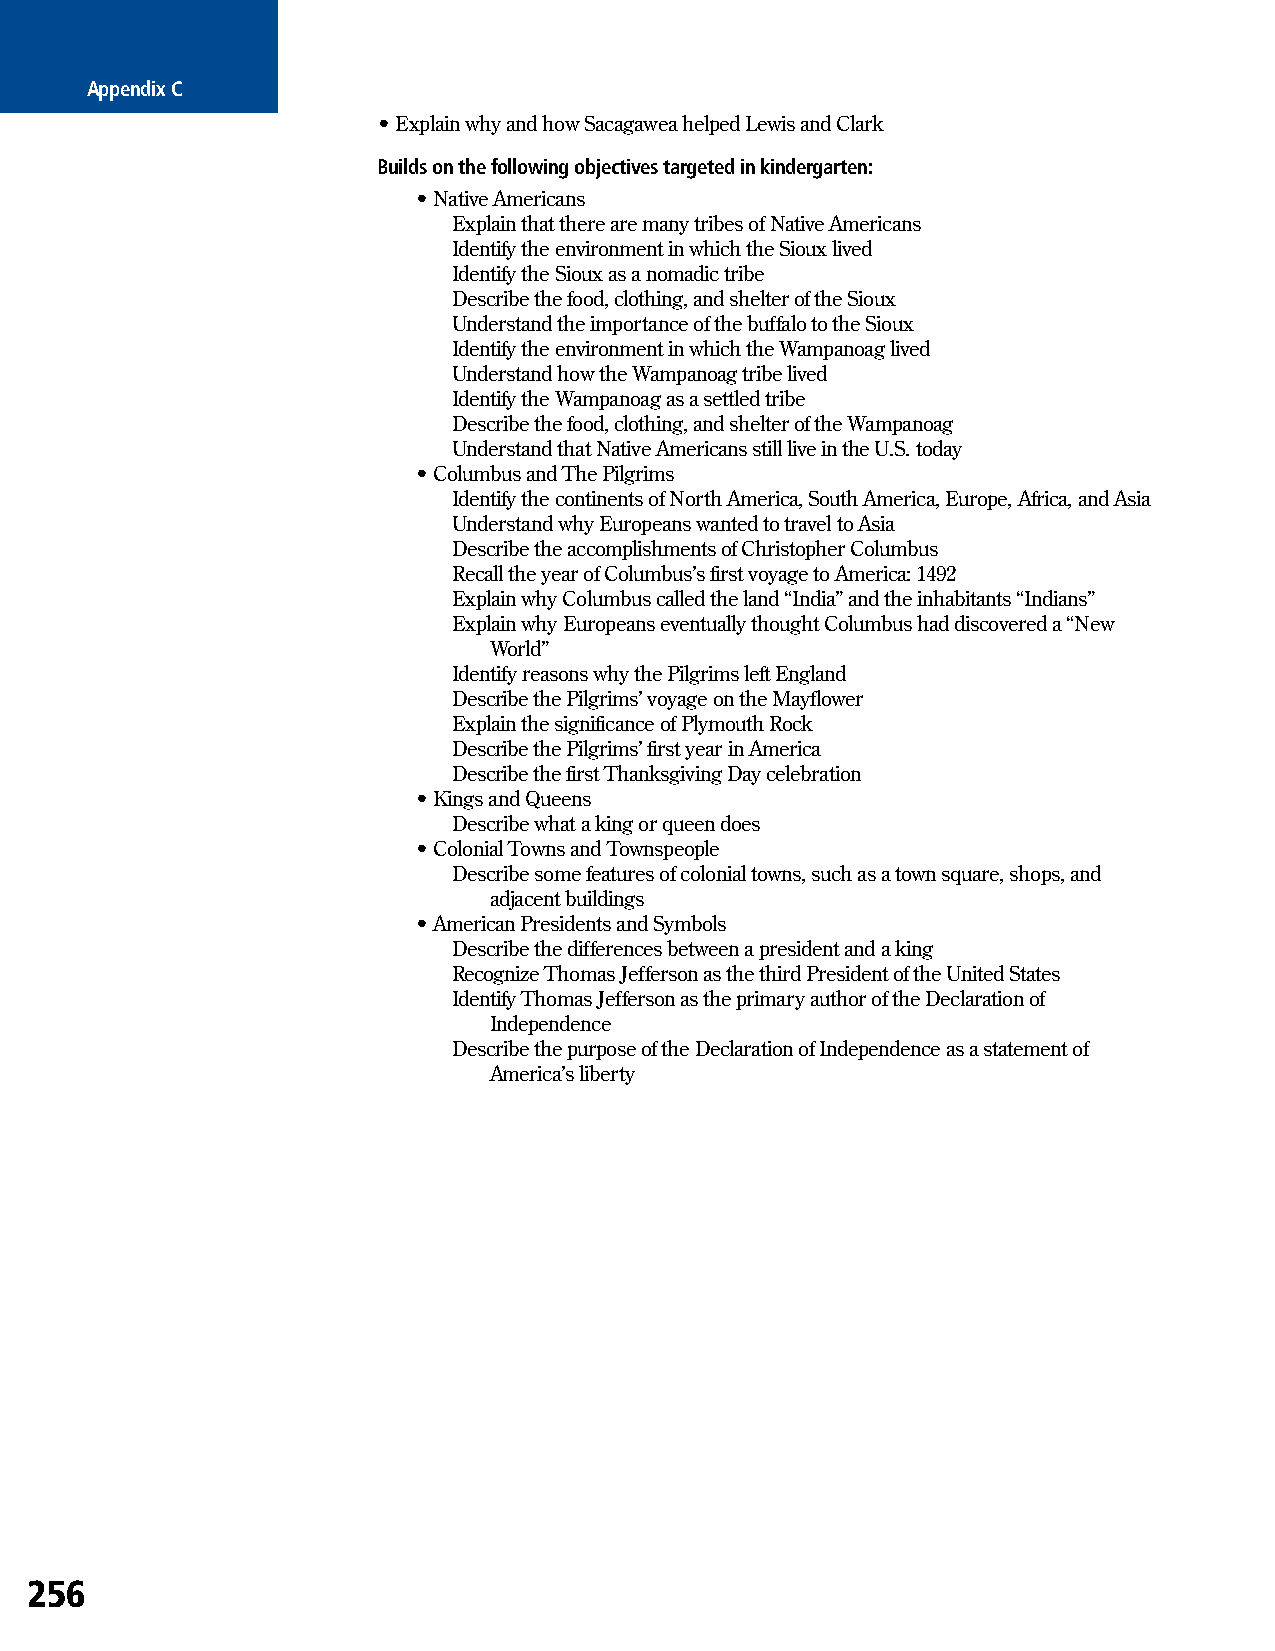
Appendix C
 • Explain why and how Sacagawea helped Lewis and Clark
 Builds on the following objectives targeted in kindergarten:
 • Native Americans
 Explain that there are many tribes of Native Americans
 Identify the environment in which the Sioux lived
 Identify the Sioux as a nomadic tribe
 Describe the food, clothing, and shelter of the Sioux
 Understand the importance of the buffalo to the Sioux
 Identify the environment in which the Wampanoag lived
 Understand how the Wampanoag tribe lived
 Identify the Wampanoag as a settled tribe
 Describe the food, clothing, and shelter of the Wampanoag
 Understand that Native Americans still live in the U.S. today
 • Columbus and The Pilgrims
 Identify the continents of North America, South America, Europe, Africa, and Asia
 Understand why Europeans wanted to travel to Asia
 Describe the accomplishments of Christopher Columbus
 Recall the year of Columbus’s first voyage to America: 1492
 Explain why Columbus called the land “India” and the inhabitants “Indians”
 Explain why Europeans eventually thought Columbus had discovered a “New
 World”
 Identify reasons why the Pilgrims left England
 Describe the Pilgrims’ voyage on the Mayflower
 Explain the significance of Plymouth Rock
 Describe the Pilgrims’ first year in America
 Describe the first Thanksgiving Day celebration
 • Kings and Queens
 Describe what a king or queen does
 • Colonial Towns and Townspeople
 Describe some features of colonial towns, such as a town square, shops, and
 adjacent buildings
 • American Presidents and Symbols
 Describe the differences between a president and a king
 Recognize Thomas Jefferson as the third President of the United States
 Identify Thomas Jefferson as the primary author of the Declaration of
 Independence
 Describe the purpose of the Declaration of Independence as a statement of
 America’s liberty
 256